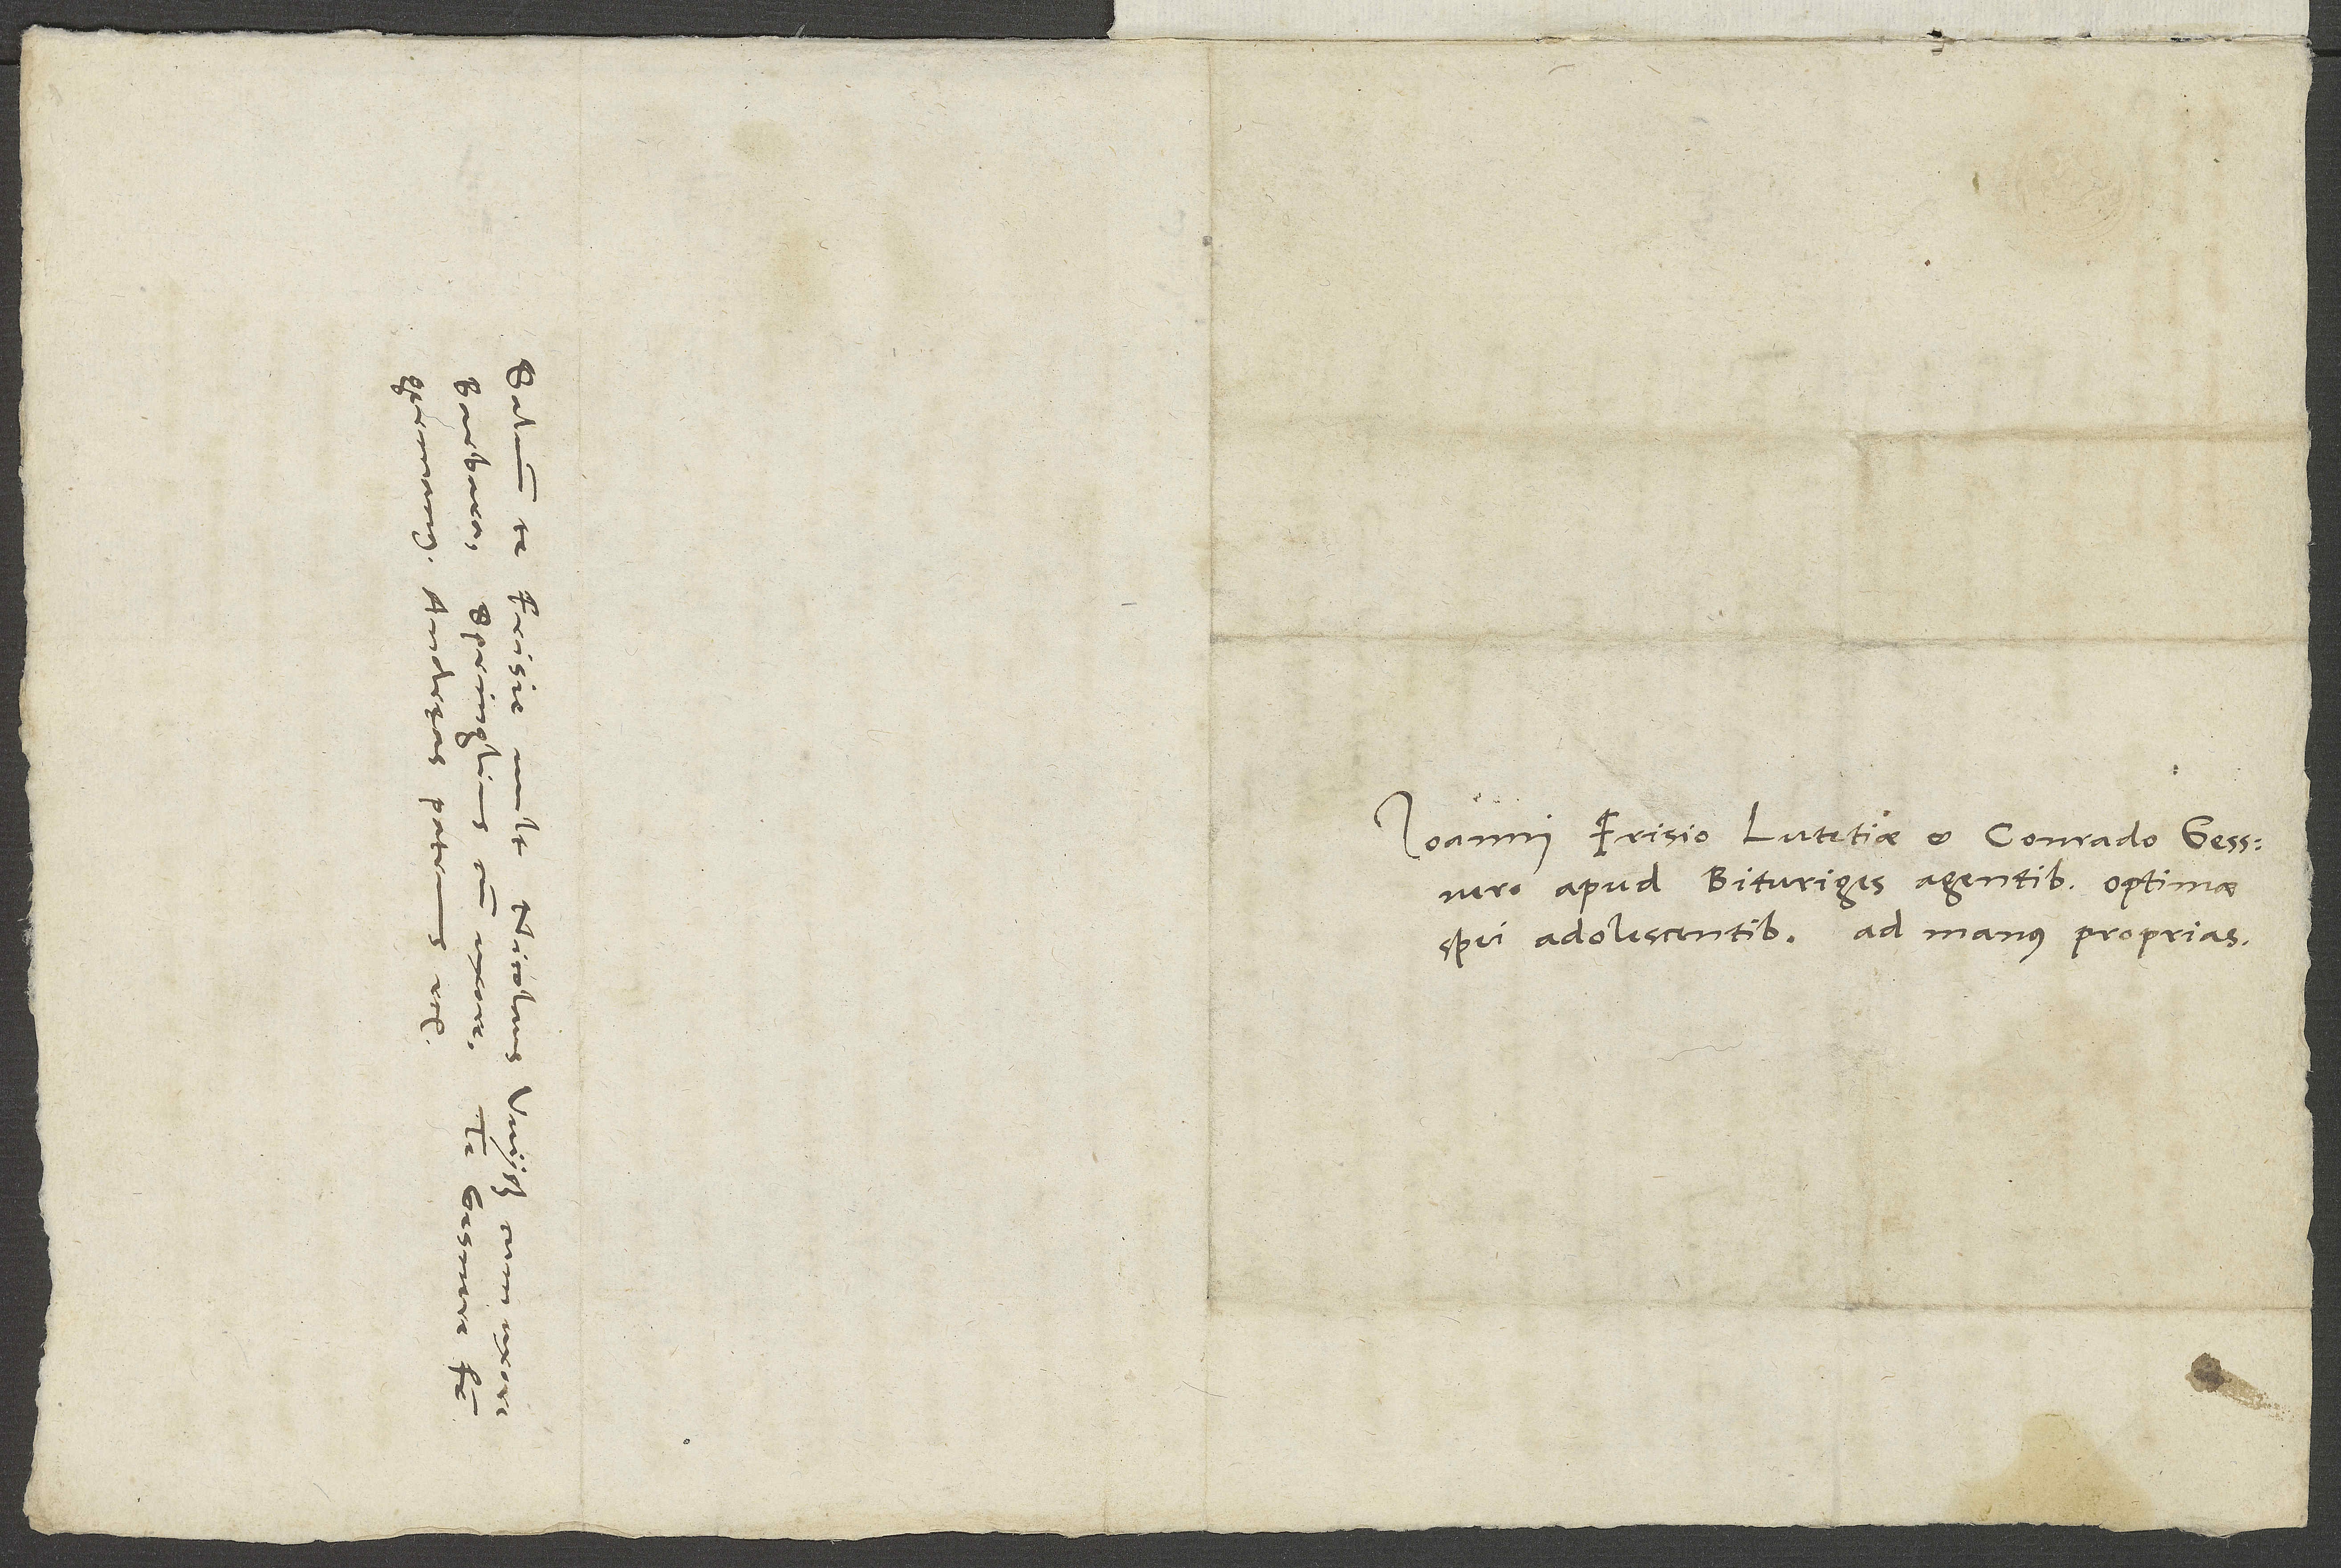
Ioanni Frisio Lutetiae et Conrado Gessnero
apud Bituriges, agentibus optimae
spei adolescentibus ad manus proprias.